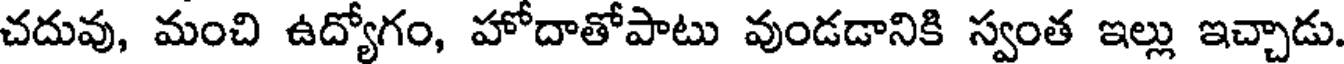
చదువు, మంచి ఉద్యోగం, హోదాతోపాటు వుండడానికి స్వంత ఇల్లు ఇచ్చాడు.